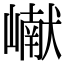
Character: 𪩘